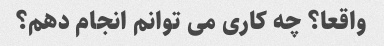
واقعا؟ چه کاری می توانم انجام دهم؟